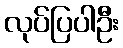
လုပ်ပြပါဦး